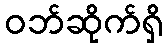
ဝဘ်ဆိုက်ရှိ